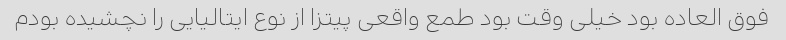
فوق العاده بود خیلی وقت بود طمع واقعی پیتزا از نوع ایتالیایی را نچشیده بودم